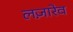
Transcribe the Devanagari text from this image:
लज़ारेव